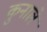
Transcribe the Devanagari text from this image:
कुनाले